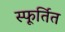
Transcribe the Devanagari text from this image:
स्फूर्तित